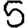
Digit: 5